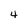
Character: 4